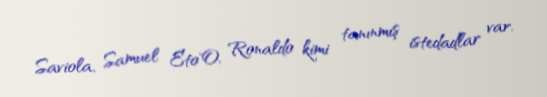
Saviola, Samuel Eto’O, Ronaldo kimi tanınmış istedadlar var.